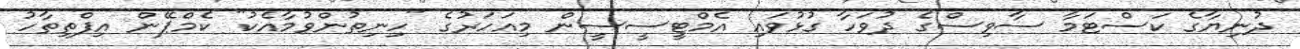
ދުނިޔާގެ ކަސްޓަމާ ސާވިސްގެ ދުވަހާ ގުޅުވައި އެމްޓީސީސީން މިއަހަރުގެ "ހިނިތުންވުމާއެކު" ކެމްޕޭން އިފްތިތާހު